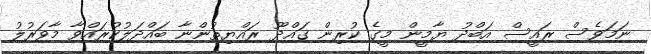
ނަމަވެސް ރައީސް އަބްދު ޔާމީން މީގެ ކުރިން ގައްދޫ ރައްޔިތުންނާ ބައްދަލުކުރައްވާ މާވަރުލު